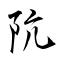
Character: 阬